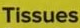
Tissues